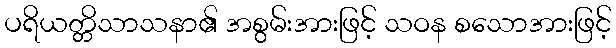
ပရိယတ္တိသာသနာ၏ အစွမ်းအားဖြင့် သဝန စသောအားဖြင့်